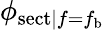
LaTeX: \phi_{\mathrm{sect}|f=f_{\mathrm{b}}}